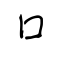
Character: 口